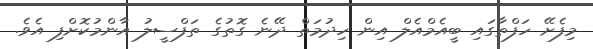
މިފެށޭ ހަފްތާގައި ބީއެމްއެލް އިން ހިިދުމަތް ދޭނެ ގޮތުގެ ތަފްސީލު އާންމުކޮށްފި އެވެ.